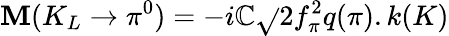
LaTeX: \mathbf{M}(K_{L}\rightarrow\pi^{0})=-i\mathbb{C}\sqrt{}{{2}}f_{\pi}^{2}q(\pi).k(K)